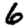
Digit: 6